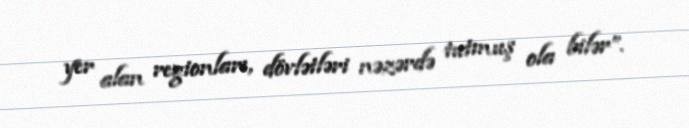
yer alan regionları, dövlətləri nəzərdə tutmuş ola bilər”.